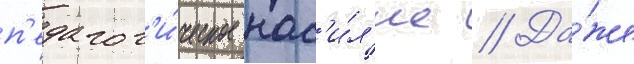
п'едагог'и́ческое нас'и́л'ие // Да́же